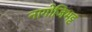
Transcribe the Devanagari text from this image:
नागोजिभट्ट